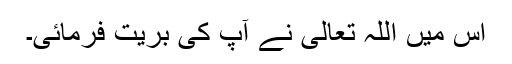
اس میں اللہ تعالیٰ نے آپؑ کی بریت فرمائی۔